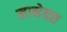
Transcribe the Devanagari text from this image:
मानेक्स